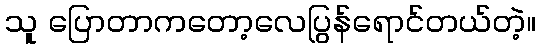
သူ ပြောတာကတော့လေပြွန်ရောင်တယ်တဲ့။